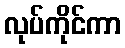
လုပ်ကိုင်ကာ